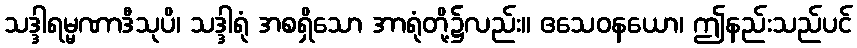
သဒ္ဒါရမ္မဏာဒီသုပိ၊ သဒ္ဒါရုံ အစရှိသော အာရုံတို့၌လည်း။ ဧသေဝနယော၊ ဤနည်းသည်ပင်